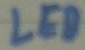
Text: LED